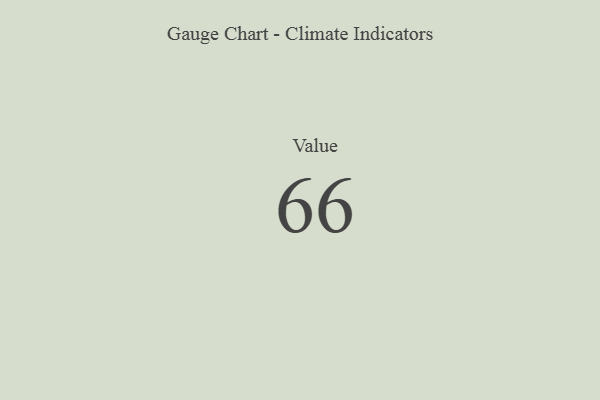
{"axis": {"x": "Metric", "y": "Value"}, "legend": [""], "data": [{"x": "Value", "y": 66, "type": ""}]}